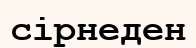
сірнеден